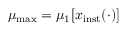
\mu _ { \mathrm { m a x } } = \mu _ { 1 } \lbrack x _ { \mathrm { i n s t } } ( \cdot ) \rbrack